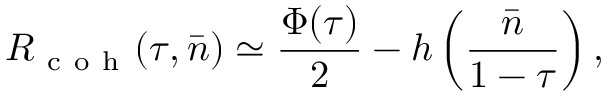
R _ { \mathrm { ~ c ~ o ~ h ~ } } ( \tau , \bar { n } ) \simeq \frac { \Phi ( \tau ) } { 2 } - h \left( \frac { \bar { n } } { 1 - \tau } \right) ,